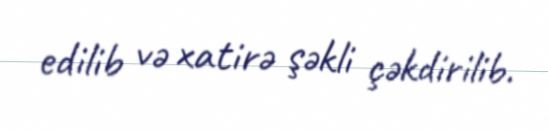
edilib və xatirə şəkli çəkdirilib.